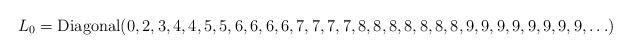
LaTeX: \begin{align*}L_0=\mbox{Diagonal}(0,2,3,4,4,5,5,6,6,6,6,7,7,7,7,8,8,8,8,8,8,8,9,9,9,9,9,9,9,9, \ldots)\end{align*}